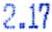
2.17